Annual vaccination report of Bihar and Orissa - 1911-1928
Year: 1911
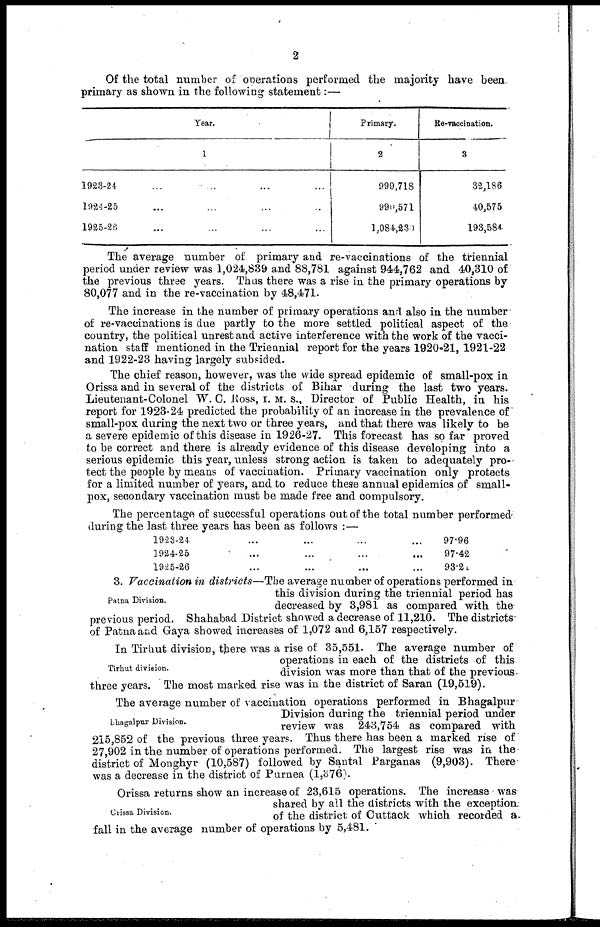
2
Of the total number of operations performed the majority have been.
primary as shown in the following statement:—
Year.
1
1923-24
1924-25
1925-26
Primary
2
999,718
990,571
1,084,230
Re-vaccination.
3
32,186
40,575
193,584
The average number of primary and re-vaccinations of the triennial
period under review was 1,024,839 and 88,781 against 944,762 and 40,310 of
the previous three years. Thus there was a rise in the primary operations by
80,077 and in the re-vaccination by 48,471.
The increase in the number of primary operations and also in the number
of re-vaccinations is due partly to the more settled political aspect of the
country, the political unrest and active interference with the work of the vacci-
nation staff mentioned in the Triennial report for the years 1920-21, 1921-22
and 1922-23 having largely subsided.
The chief reason, however, was the wide spread epidemic of small-pox in
Orissa and in several of the districts of Bihar during the last two years.
Lieutenant-Colonel W. C. Ross, I. M. S., Director of Public Health, in his
report for 1923-24 predicted the probability of an increase in the prevalence of
small-pox during the next two or three years, and that there was likely to be
a severe epidemic of this disease in 1926-27. This forecast has so far "proved
to be correct and there is already evidence of this disease developing into a
serious epidemic this year, unless strong action is taken to adequately pro-
tect the people by means of vaccination. Primary vaccination only protects
for a limited number of years, and to reduce these annual epidemics of small-
pox, secondary vaccination must be made free and compulsory.
The percentage of successful operations out of the total number performed
during the last three years has been as follows :—
1923-24
1924-25
1925-26
97.96
97.42
93.20
Patna Division.
3. Vaccination in disrticts—The average number of operations performed in
this division during the triennial period has
decreased by 3,981 as compared with the
previous period. Shahabad District showed a decrease of 11,210. The districts
of Patna and Gaya showed increases of 1,072 and 6,157 respectively.
Tirhut division.
In Tirhut division, there was a rise of 35,551. The average number of
operations in each of the districts of this
division was more than that of the previous
three years. The most marked rise was in the district of Saran (19,519).
Bhagalpur Division.
The average number of vaccination operations performed in Bhagalpur
Division during the triennial period under
review was 243,754 as compared with
215,852 of the previous three years. Thus there has been a marked rise of
27,902 in the number of operations performed. The largest rise was in the
district of Monghyr (10,587) followed by Santal Parganas (9,903). There
was a decrease in the district of Purnea (1,376).
Orissa Division.
Orissa returns show an increase of 23,615 operations. The increase was
shared by all the districts with the exception
of the district of Cuttack which recorded a
fall in the average number of operations by 5,481.